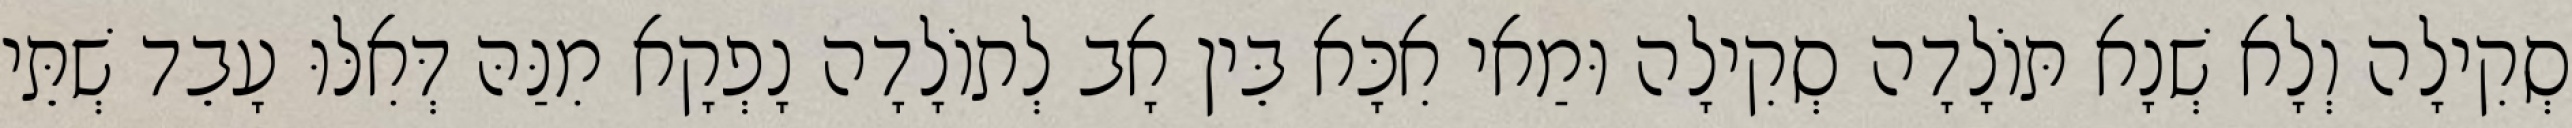
סְקִילָה וְלָא שְׁנָא תּוֹלָדָה סְקִילָה וּמַאי אִכָּא בֵּין אָב לְתוֹלָדָה נָפְקָא מִנַּהּ דְּאִלּוּ עָבֵד שְׁתֵּי